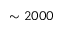
\sim 2 0 0 0